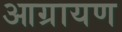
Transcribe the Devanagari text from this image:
आग्रायण